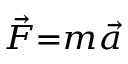
\scriptstyle { { \vec { F } } = m { \vec { a } } }